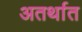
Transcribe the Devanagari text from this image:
अतर्थात